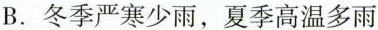
B.冬季严寒少雨，夏季高温多雨